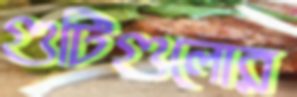
গুটিগুলোর